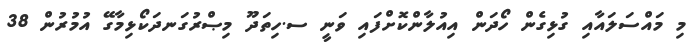
މި މައްސަލައާއި ގުޅިގެން ހޯދަން އިއުލާންކޮށްފައި ވަނީ ސ.ހިތަދޫ މިޞްރުގަނދަކޯޅިމާގޭ އުމުރުން 38